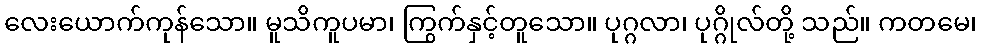
လေးယောက်ကုန်သော။ မူသိကူပမာ၊ ကြွက်နှင့်တူသော။ ပုဂ္ဂလာ၊ ပုဂ္ဂိုလ်တို့ သည်။ ကတမေ၊